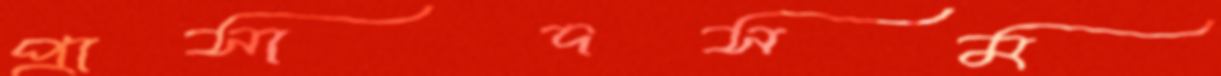
প্রাসাদসম